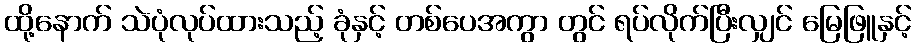
ထို့နောက် သဲပုံလုပ်ထားသည့် ခုံနှင့် တစ်ပေအကွာ တွင် ရပ်လိုက်ပြီးလျှင် မြေဖြူနှင့်